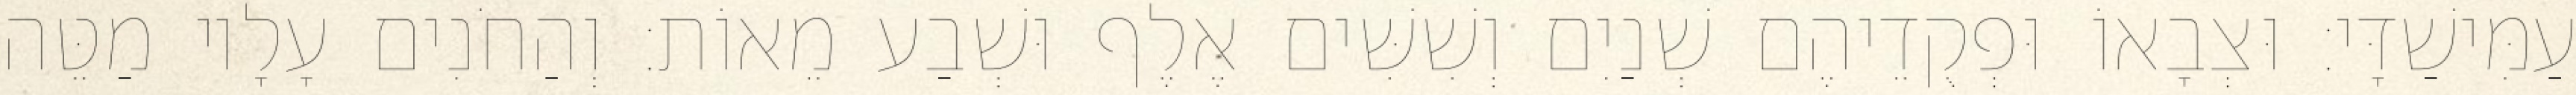
עַמִּישַׁדָּי׃ וּצְבָאוֹ וּפְקֻדֵיהֶם שְׁנַיִם וְשִׁשִּׁים אֶלֶף וּשְׁבַע מֵאוֹת׃ וְהַחֹנִים עָלָיו מַטֵּה